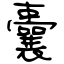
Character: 囊